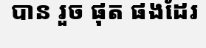
បាន រួច ផុត ផងដែរ